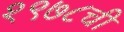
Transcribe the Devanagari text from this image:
१९७८ची